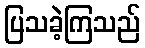
ပြသခဲ့ကြသည်